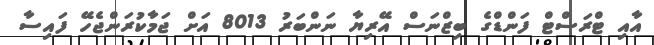
އާއި ޓްރަސްޓް ފަންޑްގެ ބިޒްނަސް އޭރިޔާ ނަންބަރު 8013 އަށް ޖަމާކުރަންޖެހޭ ފައިސާ